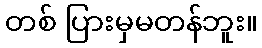
တစ် ပြားမှမတန်ဘူး။